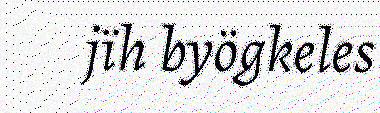
jïh byögkeles